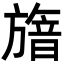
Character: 𣄕